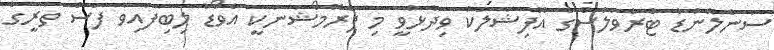
ސަންލޭންޑް ޓްރެވަލްސްގެ އޮފިޝަަލަކު ވިދާޅުވީ މި ޕްރޮމޯޝަނަކީ އެވޯޑު ލިބިފައިވާ ފަސް ތަރީގެ